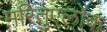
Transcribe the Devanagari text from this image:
मरितुएलोक